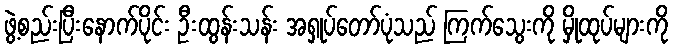
ဖွဲ့စည်းပြီးနောက်ပိုင်း ဦးထွန်းသန်း အရှုပ်တော်ပုံသည် ကြက်သွေးကို မှိုထုပ်များကို